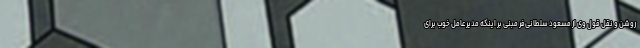
روشن و نقل قول وی از مسعود سلطانی‌فر مبنی بر اینکه مدیرعامل خوب برای